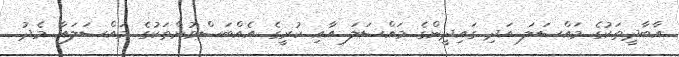
އާބާދީތަކުގެ މައްސަލަ އަދި ގައިދީންގެ މައްސަލަ އާއި ކުރީގެ އެއްބަސްވުންތަކުގެ މައްސަލައާ މެދު